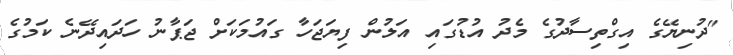
"ދުނިޔޭގެ އިގްތިސާދުގެ މެދު އުޑުގައި އަލުން ފިޔަޖަހާ ގައުމަކަށް ޖަޕާނު ހަދައިދޭނެ ކަމުގެ